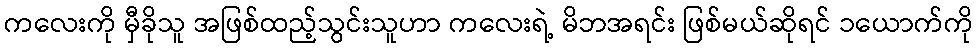
ကလေးကို မှီခိုသူ အဖြစ်ထည့်သွင်းသူဟာ ကလေးရဲ့ မိဘအရင်း ဖြစ်မယ်ဆိုရင် ၁ယောက်ကို